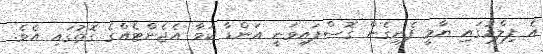
އެ ފިލްމުގައި ޔާމީ ފެނިގެން ގޮސްފައިވަނީ އަންޑާ ކަވާ އެޖެންޓެއްގެ ގޮތުގައި އެވެ.